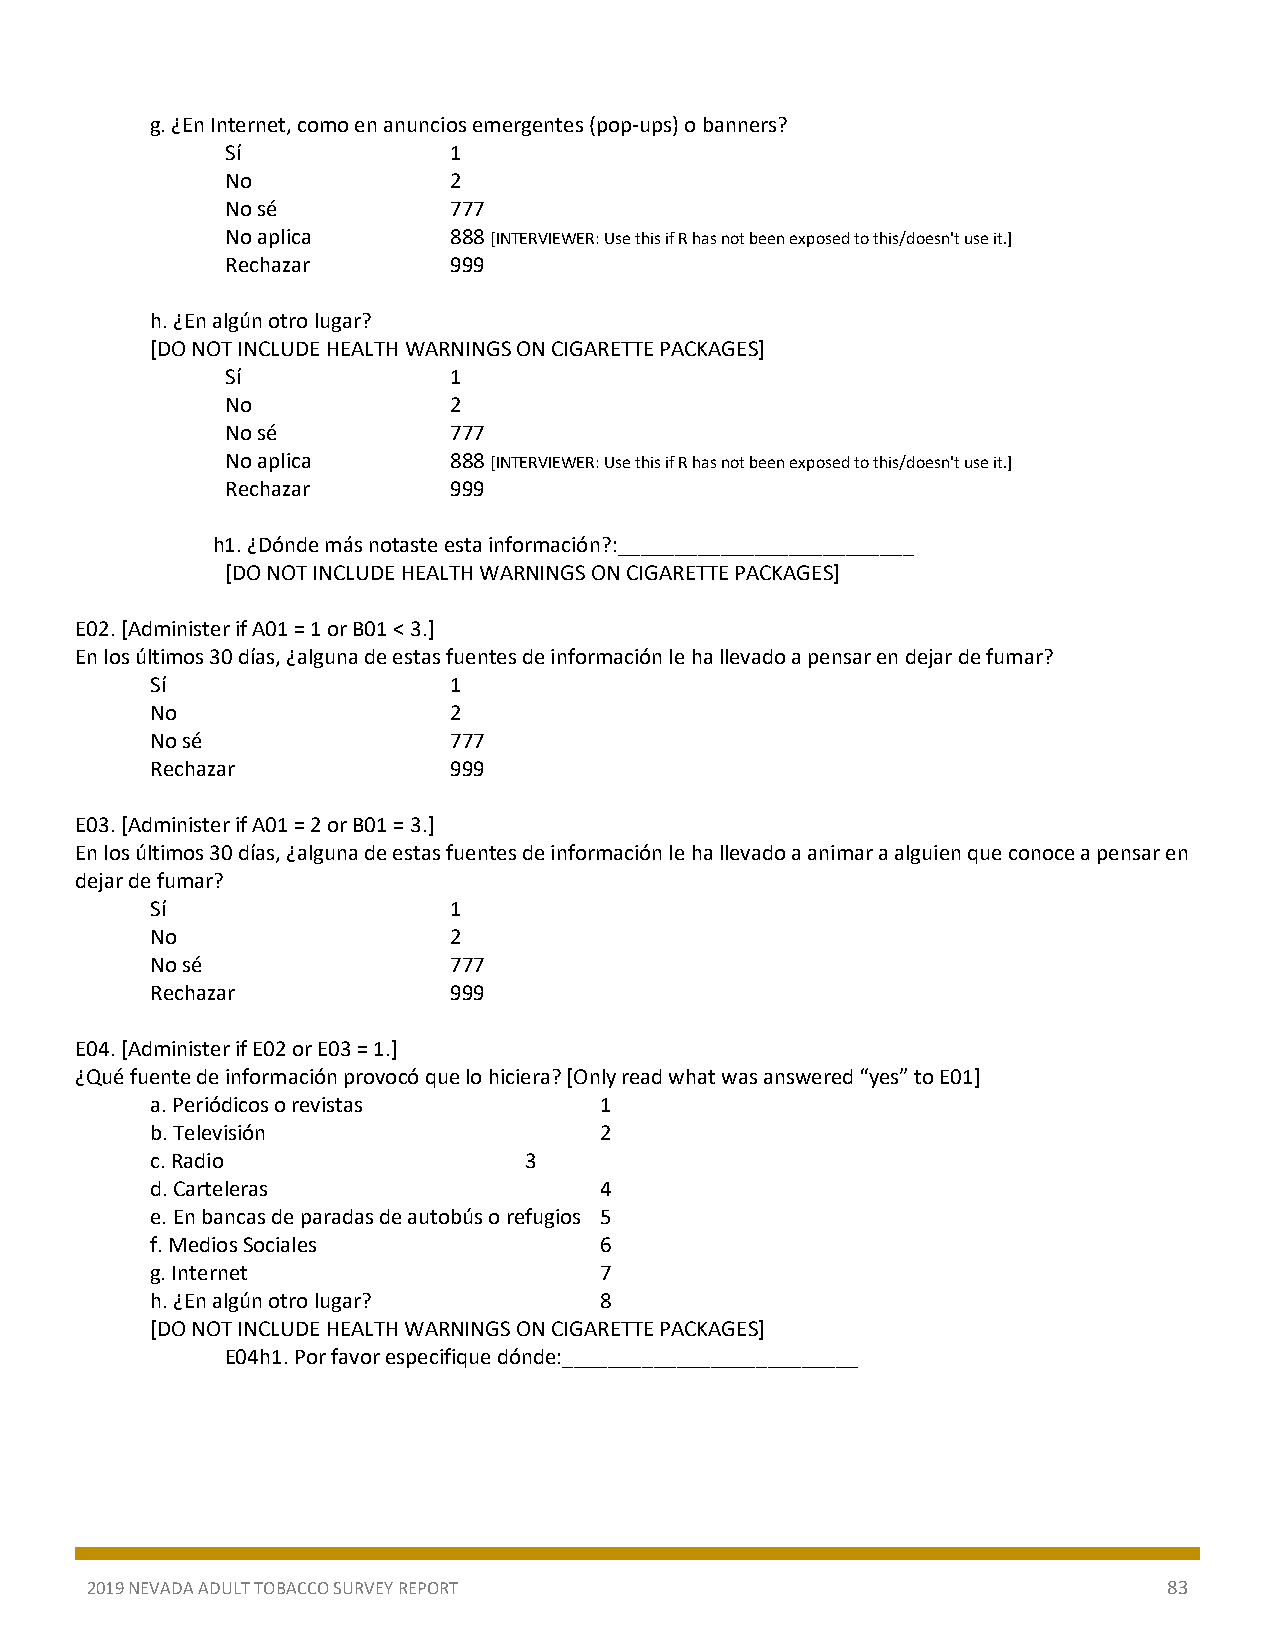
g. ¿En Internet, como en anuncios emergentes (pop-ups) o banners?
 Sí             1
 No             2
 No sé          777
 No aplica      888 [INTERVIEWER: Use this if R has not been exposed to this/doesn't use it.]
 Rechazar       999
 h. ¿En algún otro lugar?
 [DO NOT INCLUDE HEALTH WARNINGS ON CIGARETTE PACKAGES]
 Sí             1
 No             2
 No sé          777
 No aplica      888 [INTERVIEWER: Use this if R has not been exposed to this/doesn't use it.]
 Rechazar       999
 h1. ¿Dónde más notaste esta información?:__________________________
 [DO NOT INCLUDE HEALTH WARNINGS ON CIGARETTE PACKAGES]
 E02. [Administer if A01 = 1 or B01 < 3.]
 En los últimos 30 días, ¿alguna de estas fuentes de información le ha llevado a pensar en dejar de fumar?
 Sí                  1
 No                  2
 No sé               777
 Rechazar            999
 E03. [Administer if A01 = 2 or B01 = 3.]
 En los últimos 30 días, ¿alguna de estas fuentes de información le ha llevado a animar a alguien que conoce a pensar en
 dejar de fumar?
 Sí                  1
 No                  2
 No sé               777
 Rechazar            999
 E04. [Administer if E02 or E03 = 1.]
 ¿Qué fuente de información provocó que lo hiciera? [Only read what was answered “yes” to E01]
 a. Periódicos o revistas      1
 b. Televisión                 2
 c. Radio                 3
 d. Carteleras                 4
 e. En bancas de paradas de autobús o refugios 5
 f. Medios Sociales            6
 g. Internet                   7
 h. ¿En algún otro lugar?      8
 [DO NOT INCLUDE HEALTH WARNINGS ON CIGARETTE PACKAGES]
 E04h1. Por favor especifique dónde:__________________________
 2019 NEVADA ADULT TOBACCO SURVEY REPORT                                83